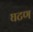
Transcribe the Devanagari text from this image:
घटण